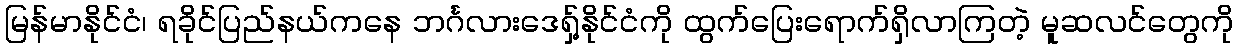
မြန်မာနိုင်ငံ၊ ရခိုင်ပြည်နယ်ကနေ ဘင်္ဂလားဒေရှ့်နိုင်ငံကို ထွက်ပြေးရောက်ရှိလာကြတဲ့ မူဆလင်တွေကို